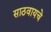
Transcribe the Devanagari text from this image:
साठवायचे